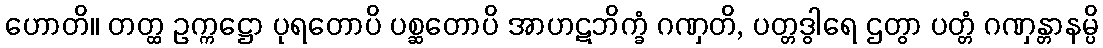
ဟောတိ။ တတ္ထ ဥက္ကဋ္ဌော ပုရတောပိ ပစ္ဆတောပိ အာဟဋဘိက္ခံ ဂဏှတိ, ပတ္တဒွါရေ ဌတွာ ပတ္တံ ဂဏှန္တာနမ္ပိ